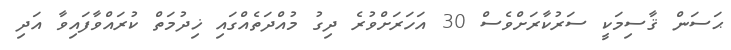
ޙަސަން ޤާސިމަކީ ސަރުކާރަށްވެސް 30 އަހަރަށްވުރެ ދިގު މުއްދަތެއްގައި ޚިދުމަތް ކުރައްވާފައިވާ އަދި